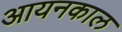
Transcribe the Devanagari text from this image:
आयनकाल